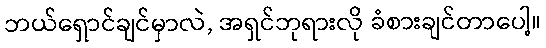
ဘယ်ရှောင်ချင်မှာလဲ, အရှင်ဘုရားလို ခံစားချင်တာပေါ့။